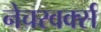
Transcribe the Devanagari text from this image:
नेचरवर्क्स